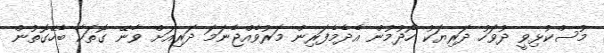
މުސްކުޅިވީ ދުވަހު ދަރިޔަކު ހޯދުމުން އެދެމެފަރިން މަރުވެއްޖެނަމަ ދަރިއަށް ވާނޭ ގޮތަކާ ބެހޭގޮތުން